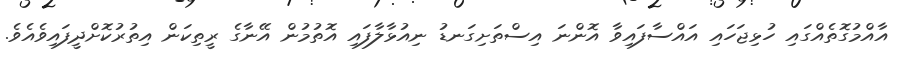
އާއްމުގޮތެއްގައި ހުޅިޖަހައި އައްސާފައިވާ އޮންނަ އިސްތަށިގަނޑު ނިއުޅާލާފައި އޮތުމުން އޭނާގެ ރީތިކަން އިތުރުކޮށްދީފައިވެއެވެ.